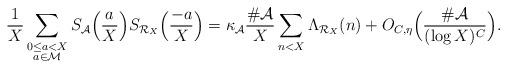
LaTeX: \begin{align*}\frac{1}{X}\sum_{\substack{0\le a<X\\ a\in\mathcal{M}}}S_{\mathcal{A}}\Bigl(\frac{a}{X}\Bigr)S_{\mathcal{R}_X}\Bigl(\frac{-a}{X}\Bigr)=\kappa_\mathcal{A}\frac{\#\mathcal{A}}{X}\sum_{n< X}\Lambda_{\mathcal{R}_X}(n)+O_{C,\eta}\Bigl(\frac{\#\mathcal{A}}{(\log{X})^C}\Bigr).\end{align*}